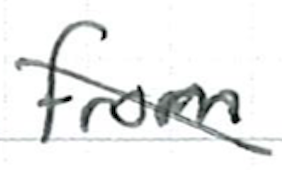
Text: from
Cross-out: diagonal
Writing tool: ballpoint